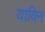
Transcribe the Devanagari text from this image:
याविन